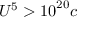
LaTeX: U ^ { 5 } > \mathrm { { 1 0 } } ^ { 2 0 } c